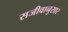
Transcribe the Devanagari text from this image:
सजीवानुसार